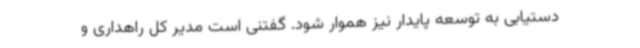
دستیابی به توسعه پایدار نیز هموار شود. گفتنی است مدیر کل راهداری و